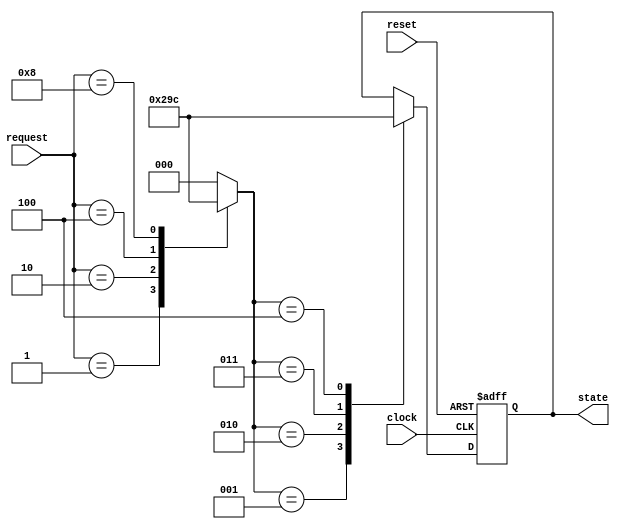
module state_machine (
    input wire clock,
    input wire reset,
    input wire [N-1:0] request,
    output reg [M-1:0] state
);

parameter N = 4; // Number of request inputs
parameter M = 3; // Number of states in the state machine

reg [N-1:0] priority_encoded_requests;

always @(*) begin
    case (request)
        4'b0001: priority_encoded_requests = 1;
        4'b0010: priority_encoded_requests = 2;
        4'b0100: priority_encoded_requests = 3;
        4'b1000: priority_encoded_requests = 4;
        default: priority_encoded_requests = 0;
    endcase
end

always @(posedge clock or posedge reset) begin
    if (reset) begin
        state <= 0;
    end else begin
        case (priority_encoded_requests)
            1: state <= 1;
            2: state <= 2;
            3: state <= 3;
            4: state <= 4;
            default: state <= state; // No change in state
        endcase
    end
end

endmodule